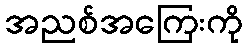
အညစ်အကြေးကို